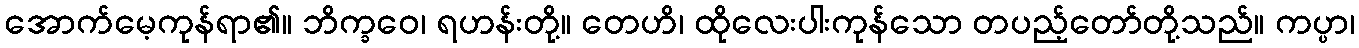
အောက်မေ့ကုန်ရာ၏။ ဘိက္ခဝေ၊ ရဟန်းတို့။ တေဟိ၊ ထိုလေးပါးကုန်သော တပည့်တော်တို့သည်။ ကပ္ပာ၊